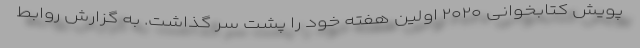
پویش کتابخوانی ۲۰۲۰ اولین هفته خود را پشت سر گذاشت. به گزارش روابط